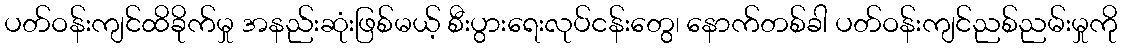
ပတ်ဝန်းကျင်ထိခိုက်မှု အနည်းဆုံးဖြစ်မယ့် စီးပွားရေးလုပ်ငန်းတွေ၊ နောက်တစ်ခါ ပတ်ဝန်းကျင်ညစ်ညမ်းမှုကို